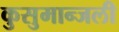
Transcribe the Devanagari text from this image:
कुसुमान्जली